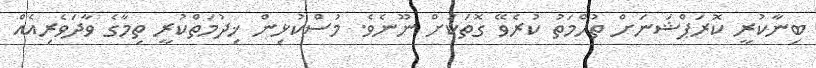
ބިނާކުރީ ކޮރަޕްޝަނަށް ތުހްމަތު ކުރެވޭ ގޮތަކަށް ނޫނެވެ. މުސްކުޅިން ޚިދުމަތްކުރީ ތިމާގެ ވާދަވެރިއެއް